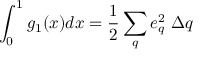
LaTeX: \int _ { 0 } ^ { 1 } g _ { 1 } ( x ) d x = \frac { 1 } { 2 } \sum _ { q } e _ { q } ^ { 2 } ~ \Delta q